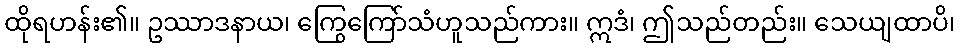
ထိုရဟန်း၏။ ဥဿာဒနာယ၊ ကြွေကြော်သံဟူသည်ကား။ ဣဒံ၊ ဤသည်တည်း။ သေယျထာပိ၊